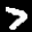
Digit: 7